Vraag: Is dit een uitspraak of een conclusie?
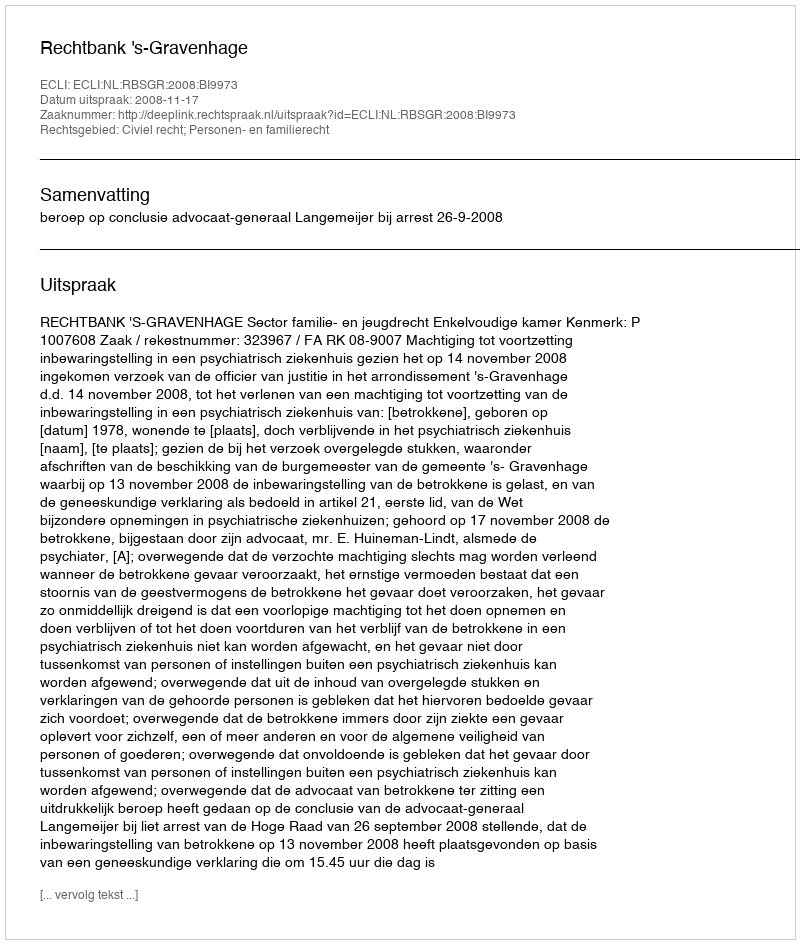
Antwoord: Uitspraak